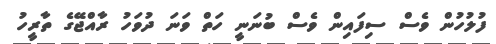
ފުލުހުން ވެސް ސިފައިން ވެސް ބުނަނީ ހަތް ވަނަ ދުވަހު ރާއްޖޭގެ ތާރީހު